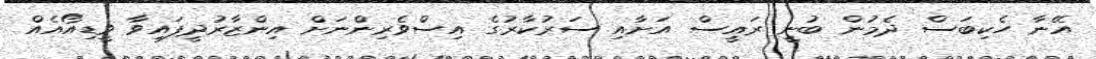
އޭނާ ހެކިބަސް ދެމުން ބުނީ ރައީސް އަށާއި ސަރުކާރުގެ އިސްވެރިންނަށް އިންޒާރުދީފައިވާ ވީޑިއޯއެއް